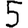
Digit: 5